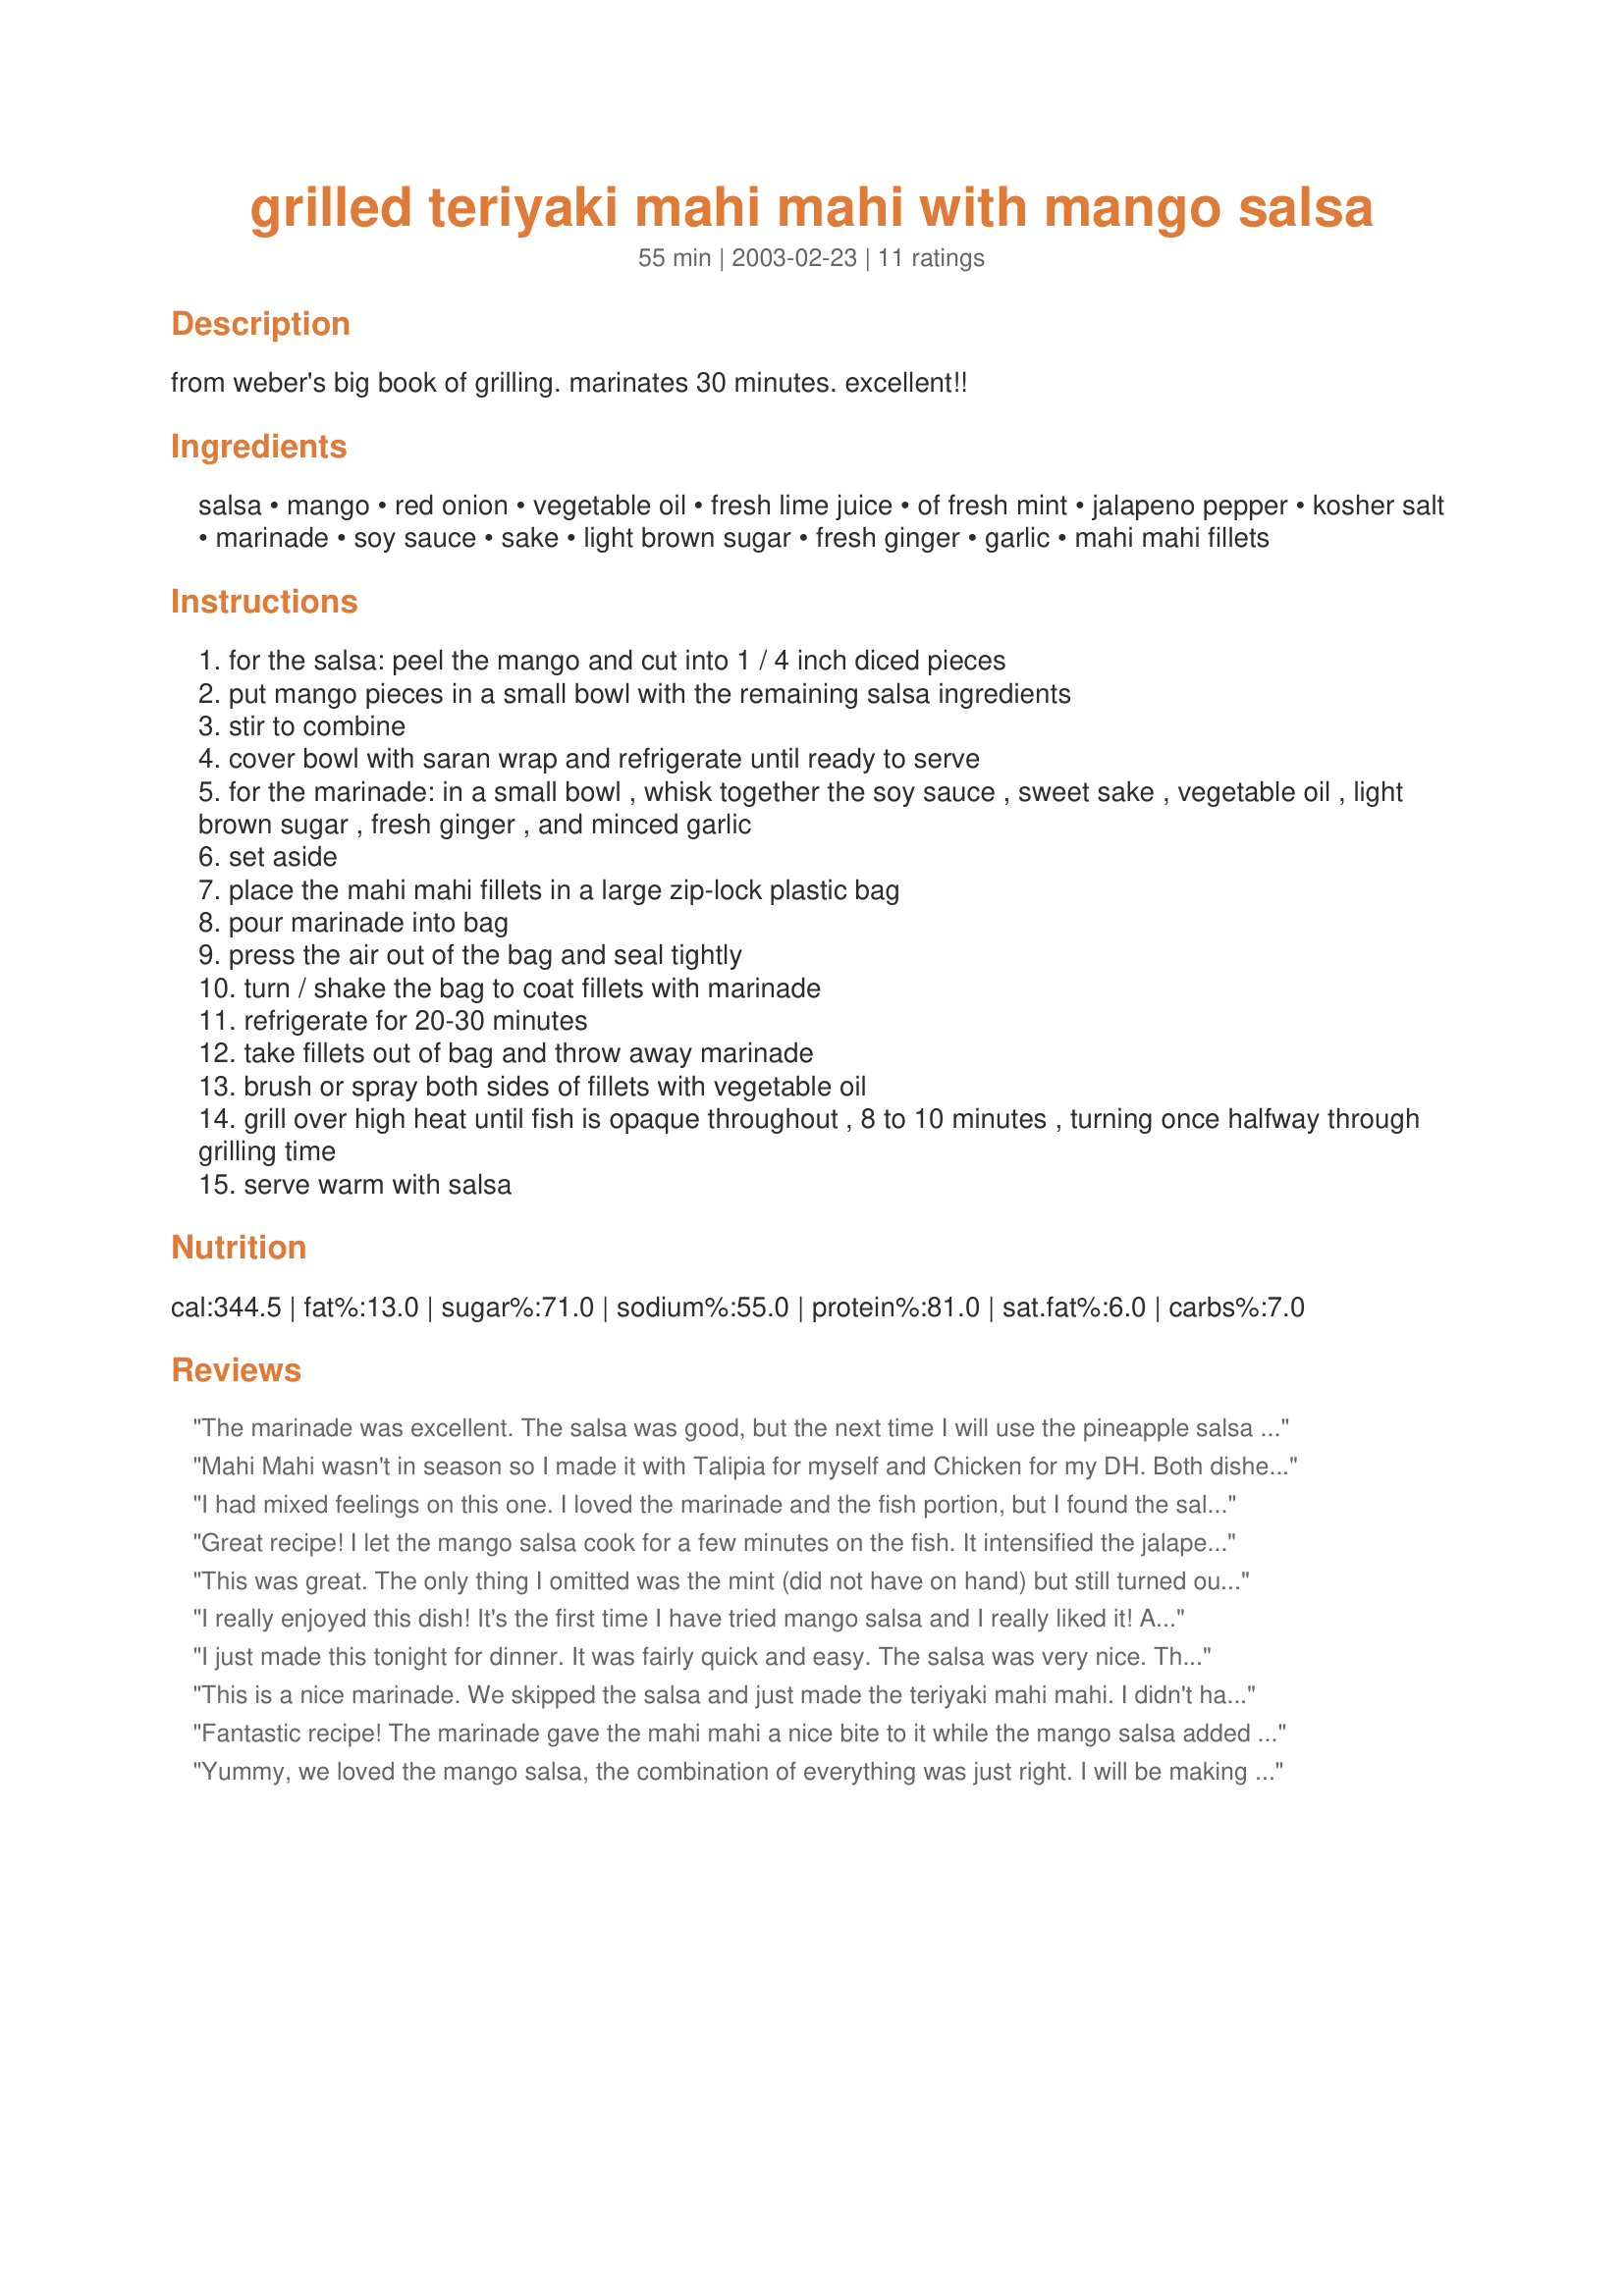
grilled teriyaki mahi mahi with mango salsa
Preparation time: 55 minutes

from weber's big book of grilling. marinates 30 minutes. excellent!!

Ingredients:
salsa, mango, red onion, vegetable oil, fresh lime juice, of fresh mint, jalapeno pepper, kosher salt, marinade, soy sauce, sake, light brown sugar, fresh ginger, garlic, mahi mahi fillets

Steps:
for the salsa: peel the mango and cut into 1 / 4 inch diced pieces
put mango pieces in a small bowl with the remaining salsa ingredients
stir to combine
cover bowl with saran wrap and refrigerate until ready to serve
for the marinade: in a small bowl , whisk together the soy sauce , sweet sake , vegetable oil , light brown sugar , fresh ginger , and minced garlic
set aside
place the mahi mahi fillets in a large zip-lock plastic bag
pour marinade into bag
press the air out of the bag and seal tightly
turn / shake the bag to coat fillets with marinade
refrigerate for 20-30 minutes
take fillets out of bag and throw away marinade
brush or spray both sides of fillets with vegetable oil
grill over high heat until fish is opaque throughout , 8 to 10 minutes , turning once halfway through grilling time
serve warm with salsa

Reviews:
The marinade was excellent. The salsa was good, but the next time I will use the pineapple salsa from recipe #67232 Grilled Salmon w/Pineapple Salsa. The pineapple and mango combination in that recipe had a crisper flavor that I liked with mahi mahi.
Mahi Mahi wasn't in season so I made it with Talipia for myself and Chicken for my DH. Both dishes turned out fantastic!
I had mixed feelings on this one. I loved the marinade and the fish portion, but I found the salsa to be too salty, with too much onion. I probably will make this again, but omit the kosher salt, use less onion and perhaps add a bit of cilantro to the mix. Thank you NurseDi for sharing the recipe.
Great recipe! I let the mango salsa cook for a few minutes on the fish. It intensified the jalapenas and softened the onions.
This was great. The only thing I omitted was the mint (did not have on hand) but still turned out exceptionally well.

Thanks!
I really enjoyed this dish! It's the first time I have tried mango salsa and I really liked it! A nice medley of flavors! Thanks for a lovely dinner!
I just made this tonight for dinner. It was fairly quick and easy. The salsa was very nice. The mint gave it a great boost without being overpowering. The marinade was just as good. This is going in the book! Thanks again NurseDi.
This is a nice marinade. We skipped the salsa and just made the teriyaki mahi mahi. I didn't have any sake, so I substituted soy sauce and used a little extra ginger and brown sugar. I'd give my version 4 stars; I think the sake might give the oomph my version needed. Thanks for posting, NurseDi!
Fantastic recipe! The marinade gave the mahi mahi a nice bite to it while the mango salsa added a tasty blend of cooler flavors with just enough kick. I substituted sherry and sugar for the sake since none was available. Would definitely make again.
Yummy, we loved the mango salsa, the combination of everything was just right. I will be making it to try with other meats. The Mahi Mahi was very tasty, also easy, the flavors are all were very good. We both really enjoyed our dinner. Thank you.
This was really delicious and restaurant quality. My entire family loved it! I didn&#039;t have any mint so I left that out, but the mango salsa was great even without it. Thanks for an awesome recipe.
